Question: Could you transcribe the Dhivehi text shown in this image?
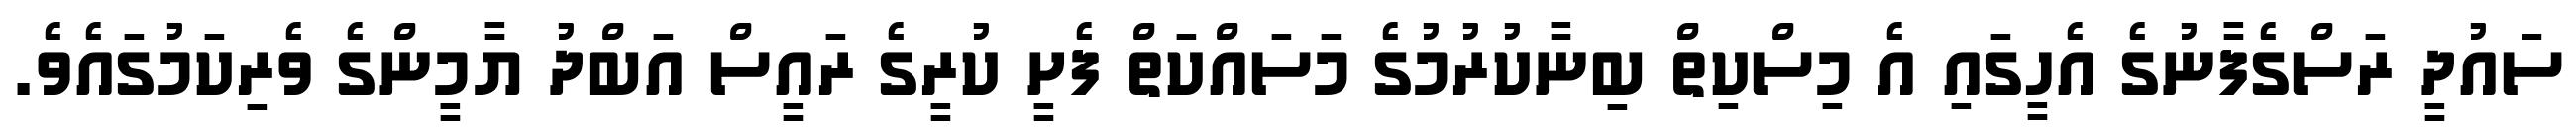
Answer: ސައުދީ ރަސްގެފާނުގެ އެހީގައި އެ މިސްކިތް ބިނާކުރުމުގެ މަސައްކަތް ފެށީ ކުރީގެ ރައީސް އަބްދު ޔާމީންގެ ވެރިކަމުގައެވެ.